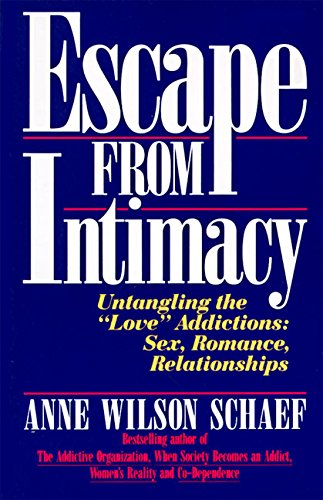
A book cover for Escape from Intimacy: Untangling the ``Love'' Addictions: Sex, Romance, Relationships; Anne Wilson Schaef; Health, Fitness & Dieting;